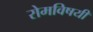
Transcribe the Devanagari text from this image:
रोमविषयी